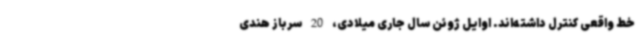
خط واقعی کنترل داشته‌اند. اوایل ژوئن سال جاری میلادی، ‌20 سرباز هندی